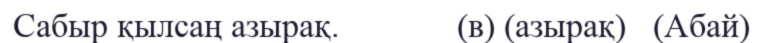
Сабыр қылсаң азырақ.             (в) (азырақ)   (Абай)